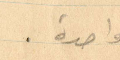
واحدة.